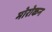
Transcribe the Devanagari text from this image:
मोरोकन